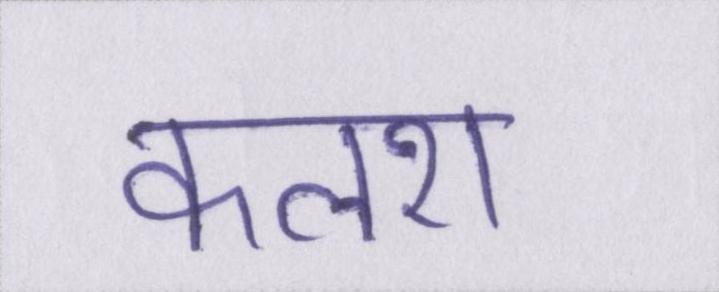
कलश